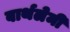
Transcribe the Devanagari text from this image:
बार्थलेमी